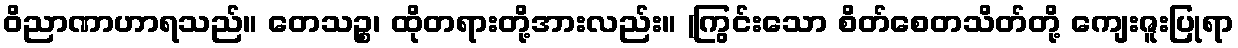
ဝိညာဏာဟာရသည်။ တေသဉ္စ၊ ထိုတရားတို့အားလည်း။ (ကြွင်းသော စိတ်စေတသိတ်တို့ ကျေးဇူးပြုရာ